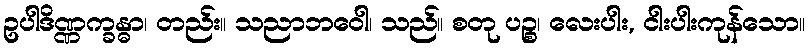
ဥပါဒိဏ္ဏက္ခန္ဓာ၊ တည်း။ သညာဘဝေါ၊ သည်။ စတု ပဉ္စ၊ လေးပါး, ငါးပါးကုန်သော။